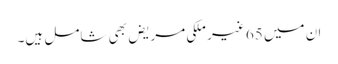
ان میں 65 غیر ملکی مریض بھی شامل ہیں۔